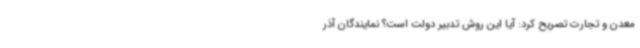
معدن و تجارت تصریح کرد: آیا این روش تدبیر دولت است؟ نمایندگان آذر